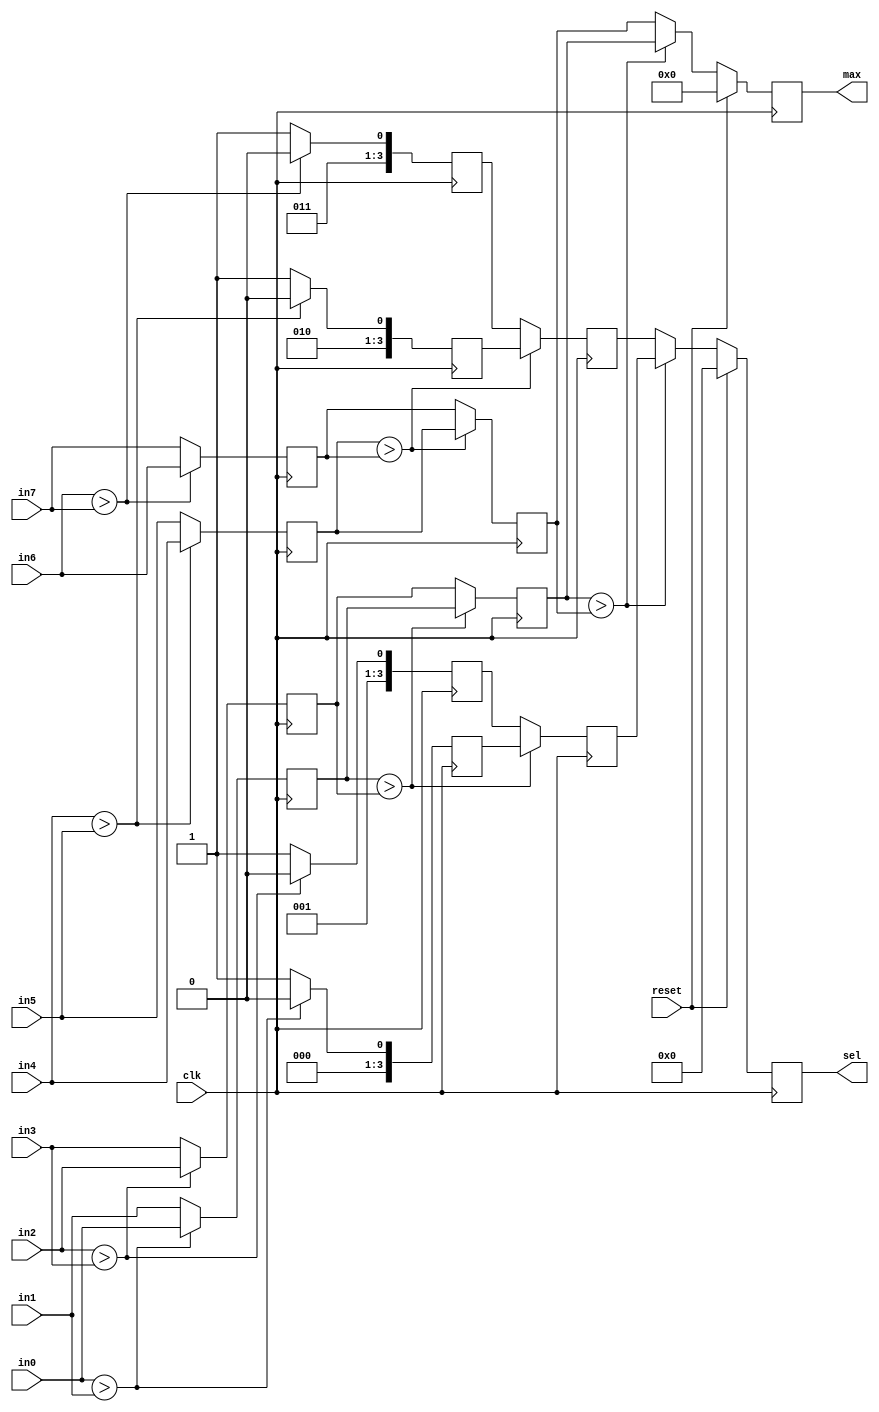
`timescale 1ns / 1ps
//////////////////////////////////////////////////////////////////////////////////
// Company: 
// Engineer: 
// 
// Design Name: 
// Module Name: sel_max8
// Project Name: 
// Target Devices: 
// Tool Versions: 
// Description: 
// 
// Dependencies: 
// 
// Revision:
// Revision 0.01 - File Created
// Additional Comments:
// 
//////////////////////////////////////////////////////////////////////////////////


module sel_max8
#(
    parameter WIDTH = 32
  )
  (
    input clk,
    input reset,
    
    input [WIDTH-1:0] in0,
    input [WIDTH-1:0] in1,
    input [WIDTH-1:0] in2,
    input [WIDTH-1:0] in3,
    input [WIDTH-1:0] in4,
    input [WIDTH-1:0] in5,
    input [WIDTH-1:0] in6,
    input [WIDTH-1:0] in7,
    
    output reg [WIDTH-1:0] max,
    output reg [3:0] sel
    
    );
        
    reg [WIDTH-1:0] m01;
    always @(posedge clk) m01 <= in0>in1? in0:in1;

    reg [WIDTH-1:0] m23;
    always @(posedge clk) m23 <= in2>in3? in2:in3;
    reg [WIDTH-1:0] m45;
    always @(posedge clk) m45 <= in4>in5? in4:in5;
    reg [WIDTH-1:0] m67;
    always @(posedge clk) m67 <= in6>in7? in6:in7;

    reg [WIDTH-1:0] mh1;
    always @(posedge clk) mh1 <= m01>m23? m01:m23;
    reg [WIDTH-1:0] mh2;
    always @(posedge clk) mh2 <= m45>m67? m45:m67;

    reg [3:0] s01;
    always @(posedge clk) s01 <= in0>in1? 4'b0000:4'b0001;
    reg [3:0] s23;
    always @(posedge clk) s23 <= in2>in3? 4'b0010:4'b0011;
    reg [3:0] s45;
    always @(posedge clk) s45 <= in4>in5? 4'b0100:4'b0101;
    reg [3:0] s67;
    always @(posedge clk) s67 <= in6>in7? 4'b0110:4'b0111;

    reg [3:0] sh1;
    always @(posedge clk) sh1 <= m01>m23? s01:s23;
    reg [3:0] sh2;
    always @(posedge clk) sh2 <= m45>m67? s45:s67;
 
    always @(posedge clk) begin
      if(reset) begin
        sel <= 0;
        max <= 0;
      end
      else begin
        max <= mh1 > mh2? mh1 : mh2;
        sel <= mh1 > mh2? sh1 : sh2;
      end
    end

endmodule